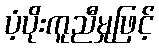
ပံ့ပိုးကူညီမှုဖြင့်